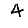
Digit: 4